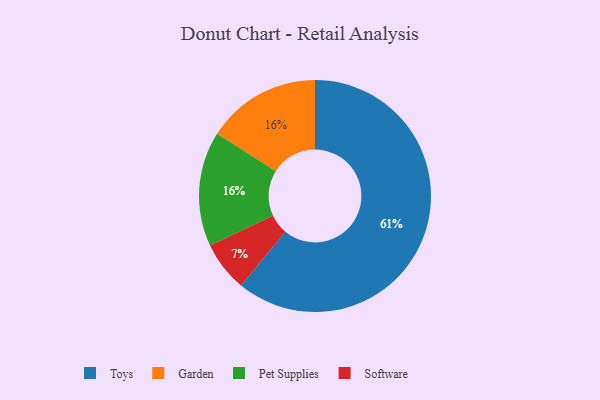
{"axis": {"x": "Category", "y": "Percentage"}, "legend": ["Garden", "Pet Supplies", "Software", "Toys"], "data": [{"x": "Software", "y": 7, "type": "Software"}, {"x": "Toys", "y": 61, "type": "Toys"}, {"x": "Garden", "y": 16, "type": "Garden"}, {"x": "Pet Supplies", "y": 16, "type": "Pet Supplies"}]}